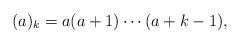
LaTeX: \begin{align*}(a)_{k}= a(a+1)\cdots (a+k-1), \end{align*}